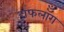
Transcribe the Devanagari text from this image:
हाफलॉँग